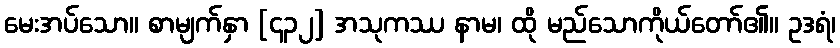
မေးအပ်သော။ စာမျက်နှာ [၄၃၂] အသုကဿ နာမ၊ ထို မည်သောကိုယ်တော်၏။ ဥဒရံ၊